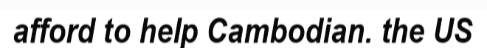
afford to help Cambodian. the US